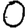
Digit: 0